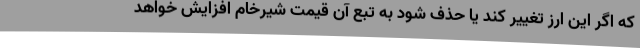
که اگر این ارز تغییر کند یا حذف شود به تبع آن قیمت شیرخام افزایش خواهد